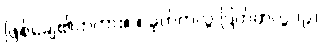
ဖြစ်ချေ၏တကား။ ။ ခုတ်တလွဲ ပြတ်တလွဲ (၉)